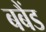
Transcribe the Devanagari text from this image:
बबैंड